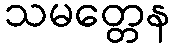
သမတ္တေန